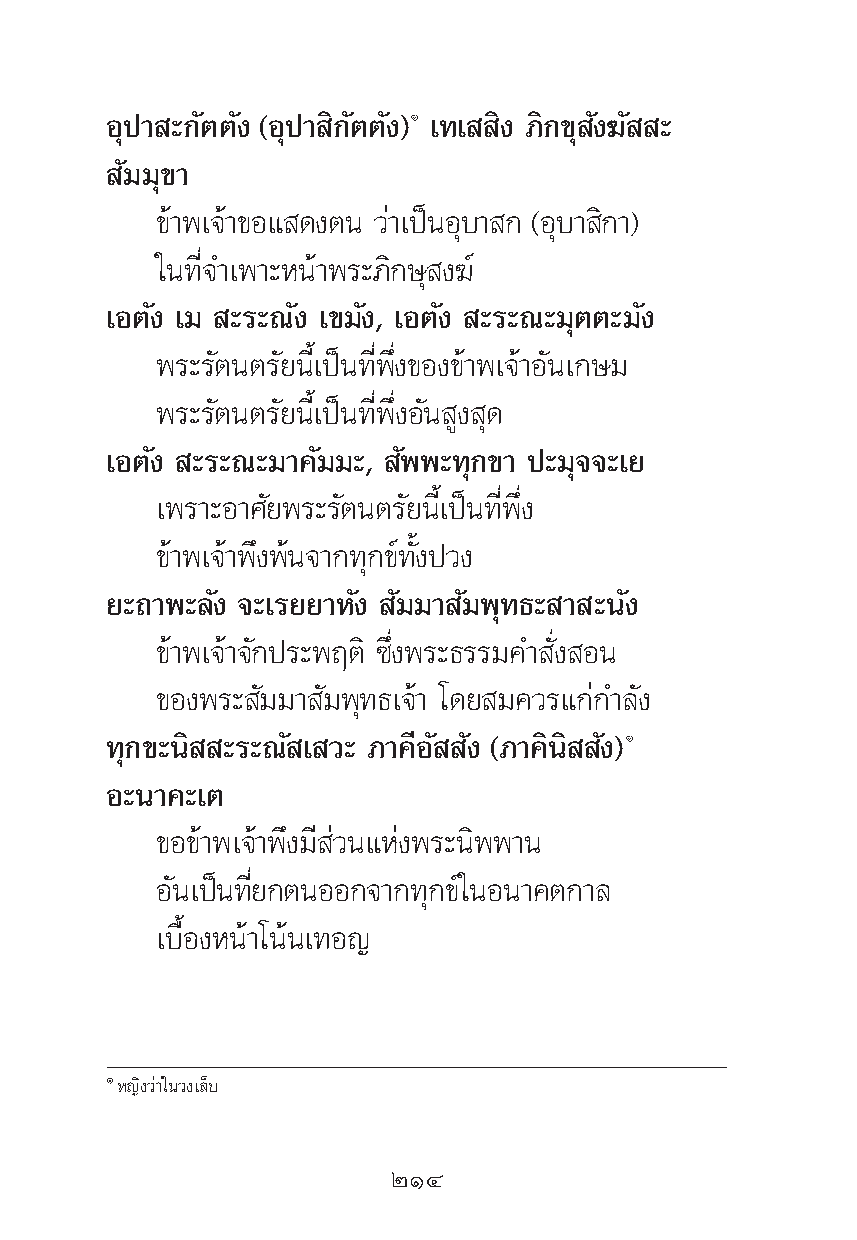
Õÿª“ –°—μμ—ß (Õÿª“ ‘°—μμ—ß)Ò ‡∑‡ ‘ß ¿‘°¢ÿ —ß¶— –
 —¡¡ÿ¢“
 ¢â“æ‡®â“¢Õ· ¥ßμπ «à“‡ªìπÕÿ∫“ ° (Õÿ∫“ ‘°“)
 „π∑’Ë®”‡æ“–Àπâ“æ√–¿‘°…ÿ ß¶å
 ‡Õμ—ß ‡¡ –√–≥—ß ‡¢¡—ß, ‡Õμ—ß –√–≥–¡ÿμμ–¡—ß
 æ√–√—μπμ√—¬π’È‡ªìπ∑’Ëæ÷Ëß¢Õß¢â“æ‡®â“Õ—π‡°…¡
 æ√–√—μπμ√—¬π’È‡ªìπ∑’Ëæ÷ËßÕ—π Ÿß ÿ¥
 ‡Õμ—ß –√–≥–¡“§—¡¡–, —ææ–∑ÿ°¢“ ª–¡ÿ®®–‡¬
 ‡æ√“–Õ“»—¬æ√–√—μπμ√—¬π’È‡ªìπ∑’Ëæ÷Ëß
 ¢â“æ‡®â“æ÷ßæâπ®“°∑ÿ°¢å∑—Èßª«ß
 ¬–∂“æ–≈—ß ®–‡√¬¬“À—ß —¡¡“ —¡æÿ∑∏– “ –π—ß
 ¢â“æ‡®â“®—°ª√–æƒμ‘ ´÷Ëßæ√–∏√√¡§” —Ëß Õπ
 ¢Õßæ√– —¡¡“ —¡æÿ∑∏‡®â“ ‚¥¬ ¡§«√·°à°”≈—ß
 ∑ÿ°¢–π‘ –√–≥— ‡ «– ¿“§’Õ— —ß (¿“§‘π‘ —ß)Ò
 Õ–π“§–‡μ
 ¢Õ¢â“æ‡®â“æ÷ß¡’ à«π·Ààßæ√–π‘ææ“π
 Õ—π‡ªìπ∑’Ë¬°μπÕÕ°®“°∑ÿ°¢å„πÕπ“§μ°“≈
 ‡∫◊ÈÕßÀπâ“‚πâπ‡∑Õ≠
 ÒÀ≠‘ß«à“„π«ß‡≈Á∫
 ÚÒÙ